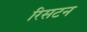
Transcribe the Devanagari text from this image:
रिसटन